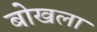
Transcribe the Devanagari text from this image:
बोखला